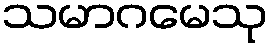
သမာဂမေသု